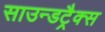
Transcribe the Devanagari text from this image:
साउन्डट्रैक्स